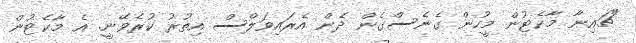
"ޗައިނާ މާކެޓުން މީހުން ގެނެސްގެން ދެން އެރައިވަލްސް އިތުރު ކުރެވޭނީ. އެ މާކެޓުން